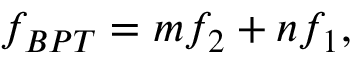
f _ { B P T } = m f _ { 2 } + n f _ { 1 } ,